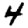
Digit: 4